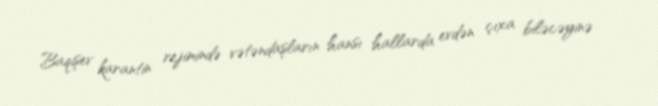
Baqişev karantin rejimində vətəndaşların hansı hallarda evdən çıxa biləcəyinə